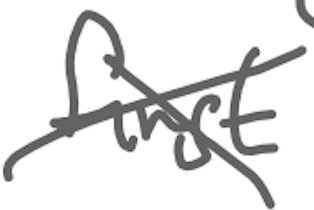
Text: first
Cross-out: cross
Writing tool: digital_gray